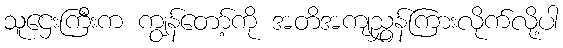
သူဌေးကြီးက ကျွန်တော့်ကို အတိအကျညွှန်ကြားလိုက်လို့ပါ